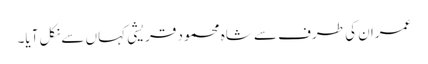
عمران کی طرف سے شاہ محمود قریشی کہاں سے نکل آیا۔